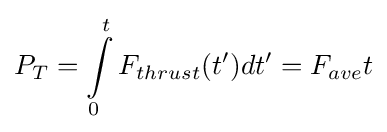
P_{T}=\int \limits _{0}^{t}F_{thrust}(t^{\prime })dt^{\prime }=F_{ave}t